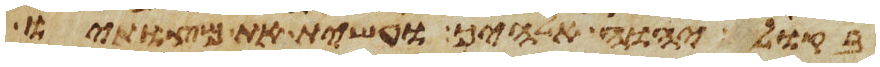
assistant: בקול יהוה אלהיך ועשית את מצותיו